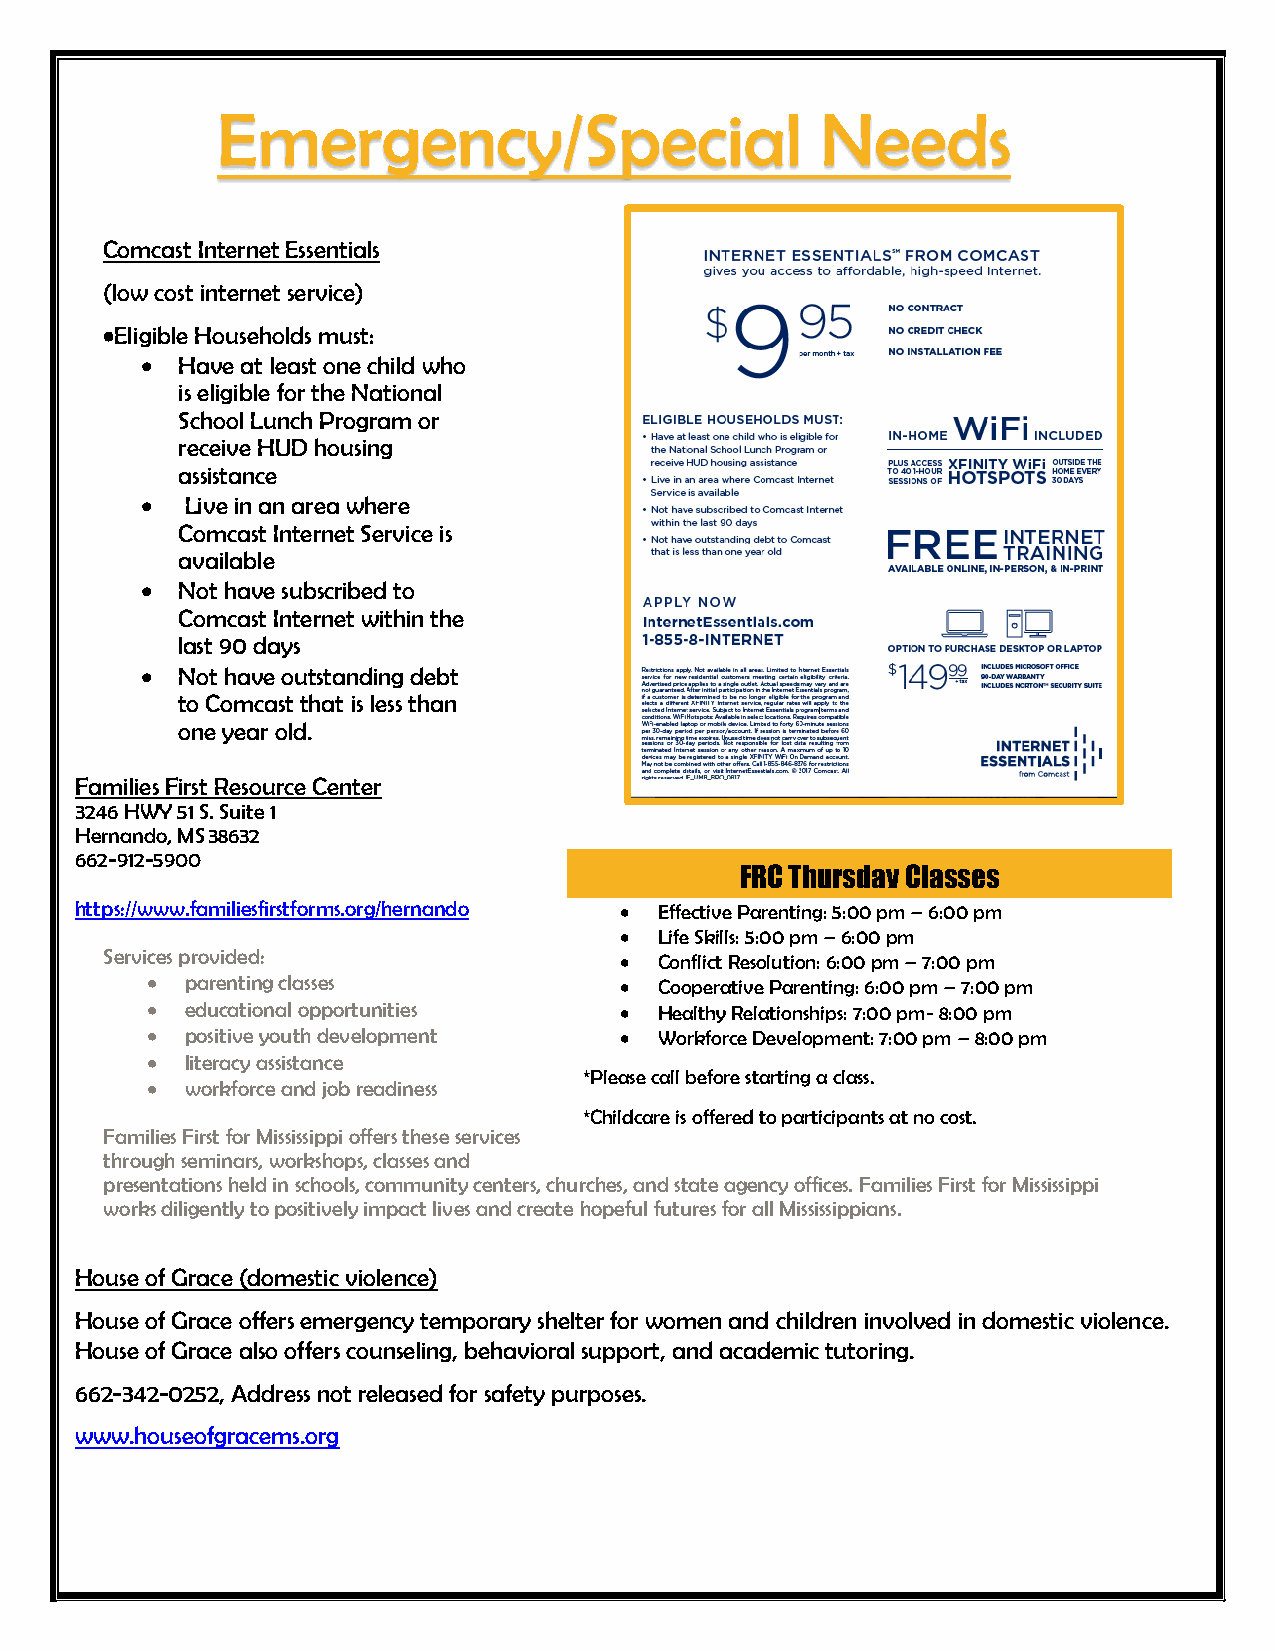
Emergency/Special                       Needs
 Comcast Internet Essentials
 (low cost internet service)
 •Eligible Households must:
   Have at least one child who
 is eligible for the National
 School Lunch Program or
 receive HUD housing
 assistance
   Live in an area where
 Comcast Internet Service is
 available
   Not have subscribed to
 Comcast Internet within the
 last 90 days
   Not have outstanding debt
 to Comcast that is less than
 one year old.
 Families First Resource Center
 3246 HWY 51 S. Suite 1
 Hernando, MS 38632
 662-912-5900
 FRC Thursday Classes
 https://www.familiesfirstforms.org/hernando  Effective Parenting: 5:00 pm – 6:00 pm
   Life Skills: 5:00 pm – 6:00 pm
 Services provided:                  Conflict Resolution: 6:00 pm – 7:00 pm
  parenting classes              Cooperative Parenting: 6:00 pm – 7:00 pm
  educational opportunities      Healthy Relationships: 7:00 pm- 8:00 pm
  positive youth development     Workforce Development: 7:00 pm – 8:00 pm
  literacy assistance
 *Please call before starting a class.
  workforce and job readiness
 *Childcare is offered to participants at no cost.
 Families First for Mississippi offers these services
 through seminars, workshops, classes and
 presentations held in schools, community centers, churches, and state agency offices. Families First for Mississippi
 works diligently to positively impact lives and create hopeful futures for all Mississippians.
 House of Grace (domestic violence)
 House of Grace offers emergency temporary shelter for women and children involved in domestic violence.
 House of Grace also offers counseling, behavioral support, and academic tutoring.
 662-342-0252, Address not released for safety purposes.
 www.houseofgracems.org